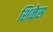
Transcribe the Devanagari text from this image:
शिळेस